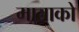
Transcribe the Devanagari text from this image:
माताको